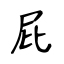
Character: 屁